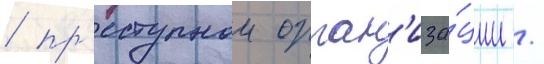
/ пр'еступнои орган'иза́ции /